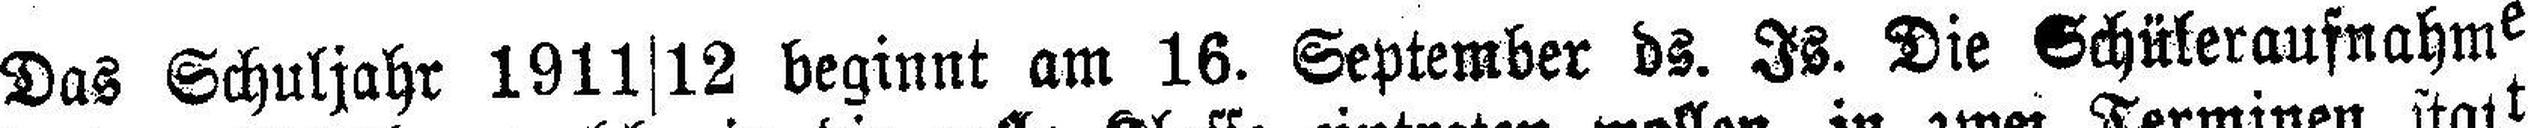
Das Schuljahr 1911|12 beginnt am 16. September ds. Is. Die Schüleraufnahme